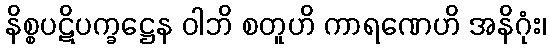
နိစ္စပဋိပက္ခဋ္ဌေန ဝါဘိ စတူဟိ ကာရဏေဟိ အနိဂုံး၊